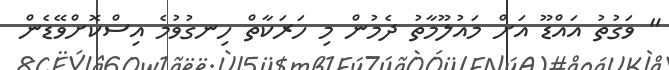
" ވަގުތު އައްޑޫ އަށް މައުލޫމާތު ދެމުން މި ހަރަކާތް ހިނގުވުމެ އިސްކޮށްވޭޑެން